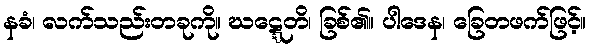
နခံ၊ လက်သည်းတခုကို။ ဃဋ္ဋေတိ၊ ခြစ်၏။ ပါဒေန၊ ခြေတဖက်ဖြင့်။